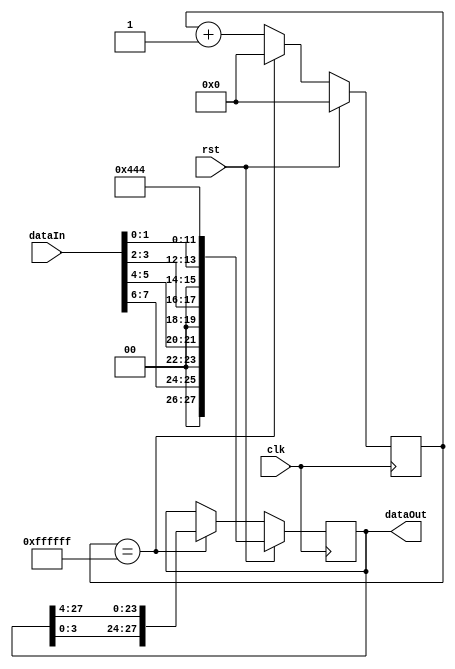
`timescale 1ns / 1ps
//////////////////////////////////////////////////////////////////////////////////
// Company: 
// Engineer: 
// 
// Design Name: 
// Module Name:    rotatingDots 
// Project Name: 
// Target Devices: 
// Tool versions: 
// Description: 
//
// Dependencies: 
//
// Revision: 
// Revision 0.01 - File Created
// Additional Comments: 
//
//////////////////////////////////////////////////////////////////////////////////
module rotatingDigits(dataIn, clk, rst, dataOut);
	input [7:0] dataIn;
	input clk, rst;
	output reg [27:0] dataOut;
	reg [15:0] temp;
	reg [27:0] dataOutNext;
	reg [23:0] counter, counterNext;
	
	always @(posedge clk) begin
		dataOut <= #1 dataOutNext;
		counter <= #1 counterNext;
	end
	
	always @(*) begin
		temp [3:0]={2'b00,dataIn[1:0]};
		temp [7:4]={2'b00,dataIn[3:2]};
		temp [11:8]={2'b00,dataIn[5:4]};
		temp [15:12]={2'b00,dataIn[7:6]};
	end
	
	always @(*) begin
		counterNext=counter;
		dataOutNext=dataOut;
		if(rst) begin
			counterNext=0;
			dataOutNext={temp [15:0], 4'b0100, 4'b0100, 4'b0100};
		end else begin
			if (counter==24'b111111111111111111111111) begin
				dataOutNext={dataOut[3:0], dataOut[27:4]};
				counterNext=0;
			end else begin
				dataOutNext=dataOut;
				counterNext=counter+1;
			end
		end
	end
	
endmodule